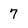
Character: 7